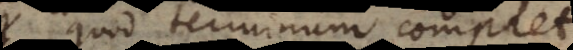
quod terminum complet